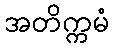
အတိက္ကမံ